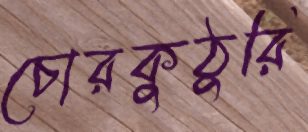
চোরকুঠুরি